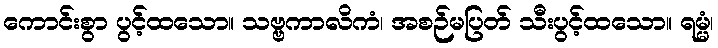
ကောင်းစွာ ပွင့်ထသော။ သဗ္ဗကာလိကံ၊ အစဉ်မပြတ် သီးပွင့်ထသော။ ရမ္မံ၊